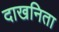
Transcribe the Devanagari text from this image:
दाखनिता